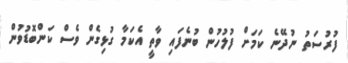
ފުރުސަތު ނުދޭނެ ކަމަށް ފުލުހުން ބުނެފައި ވާތީ އެކަމާ ގުޅިގެން ވެސް ކަންބޮޑުވުން